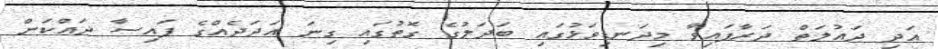
އަދި ދައުލަތް ދަރާފައިވާ މިދަނޑިވަޅުގައި ބަދަލުގެ ގޮތުގައި ގިނަ އަދަދެއްގެ ފައިސާ ދައްކަން